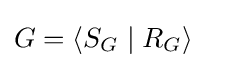
G=\langle S_{G}\mid R_{G}\rangle \ \